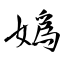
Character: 嬀